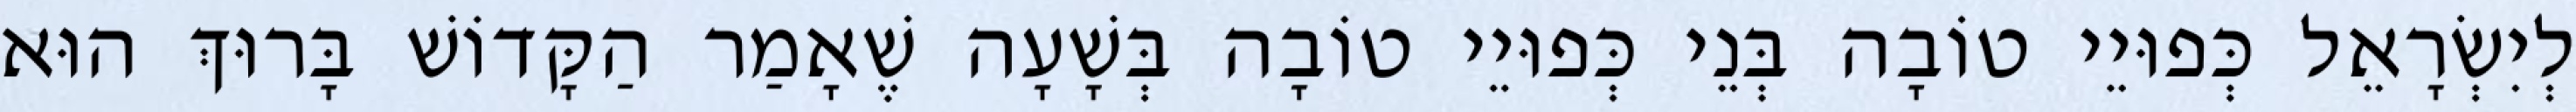
לְיִשְׂרָאֵל כְּפוּיֵי טוֹבָה בְּנֵי כְּפוּיֵי טוֹבָה בְּשָׁעָה שֶׁאָמַר הַקָּדוֹשׁ בָּרוּךְ הוּא